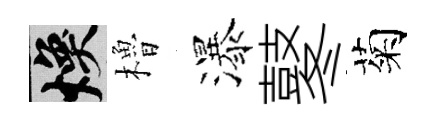
焕櫓瀑鼕菊